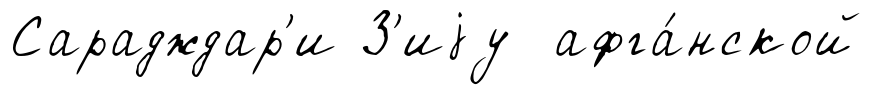
Сарадждар'и З'иjу афга́нской